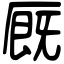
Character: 厩